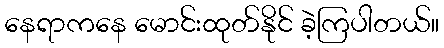
နေရာကနေ မောင်းထုတ်နိုင် ခဲ့ကြပါတယ်။